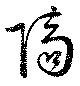
隔